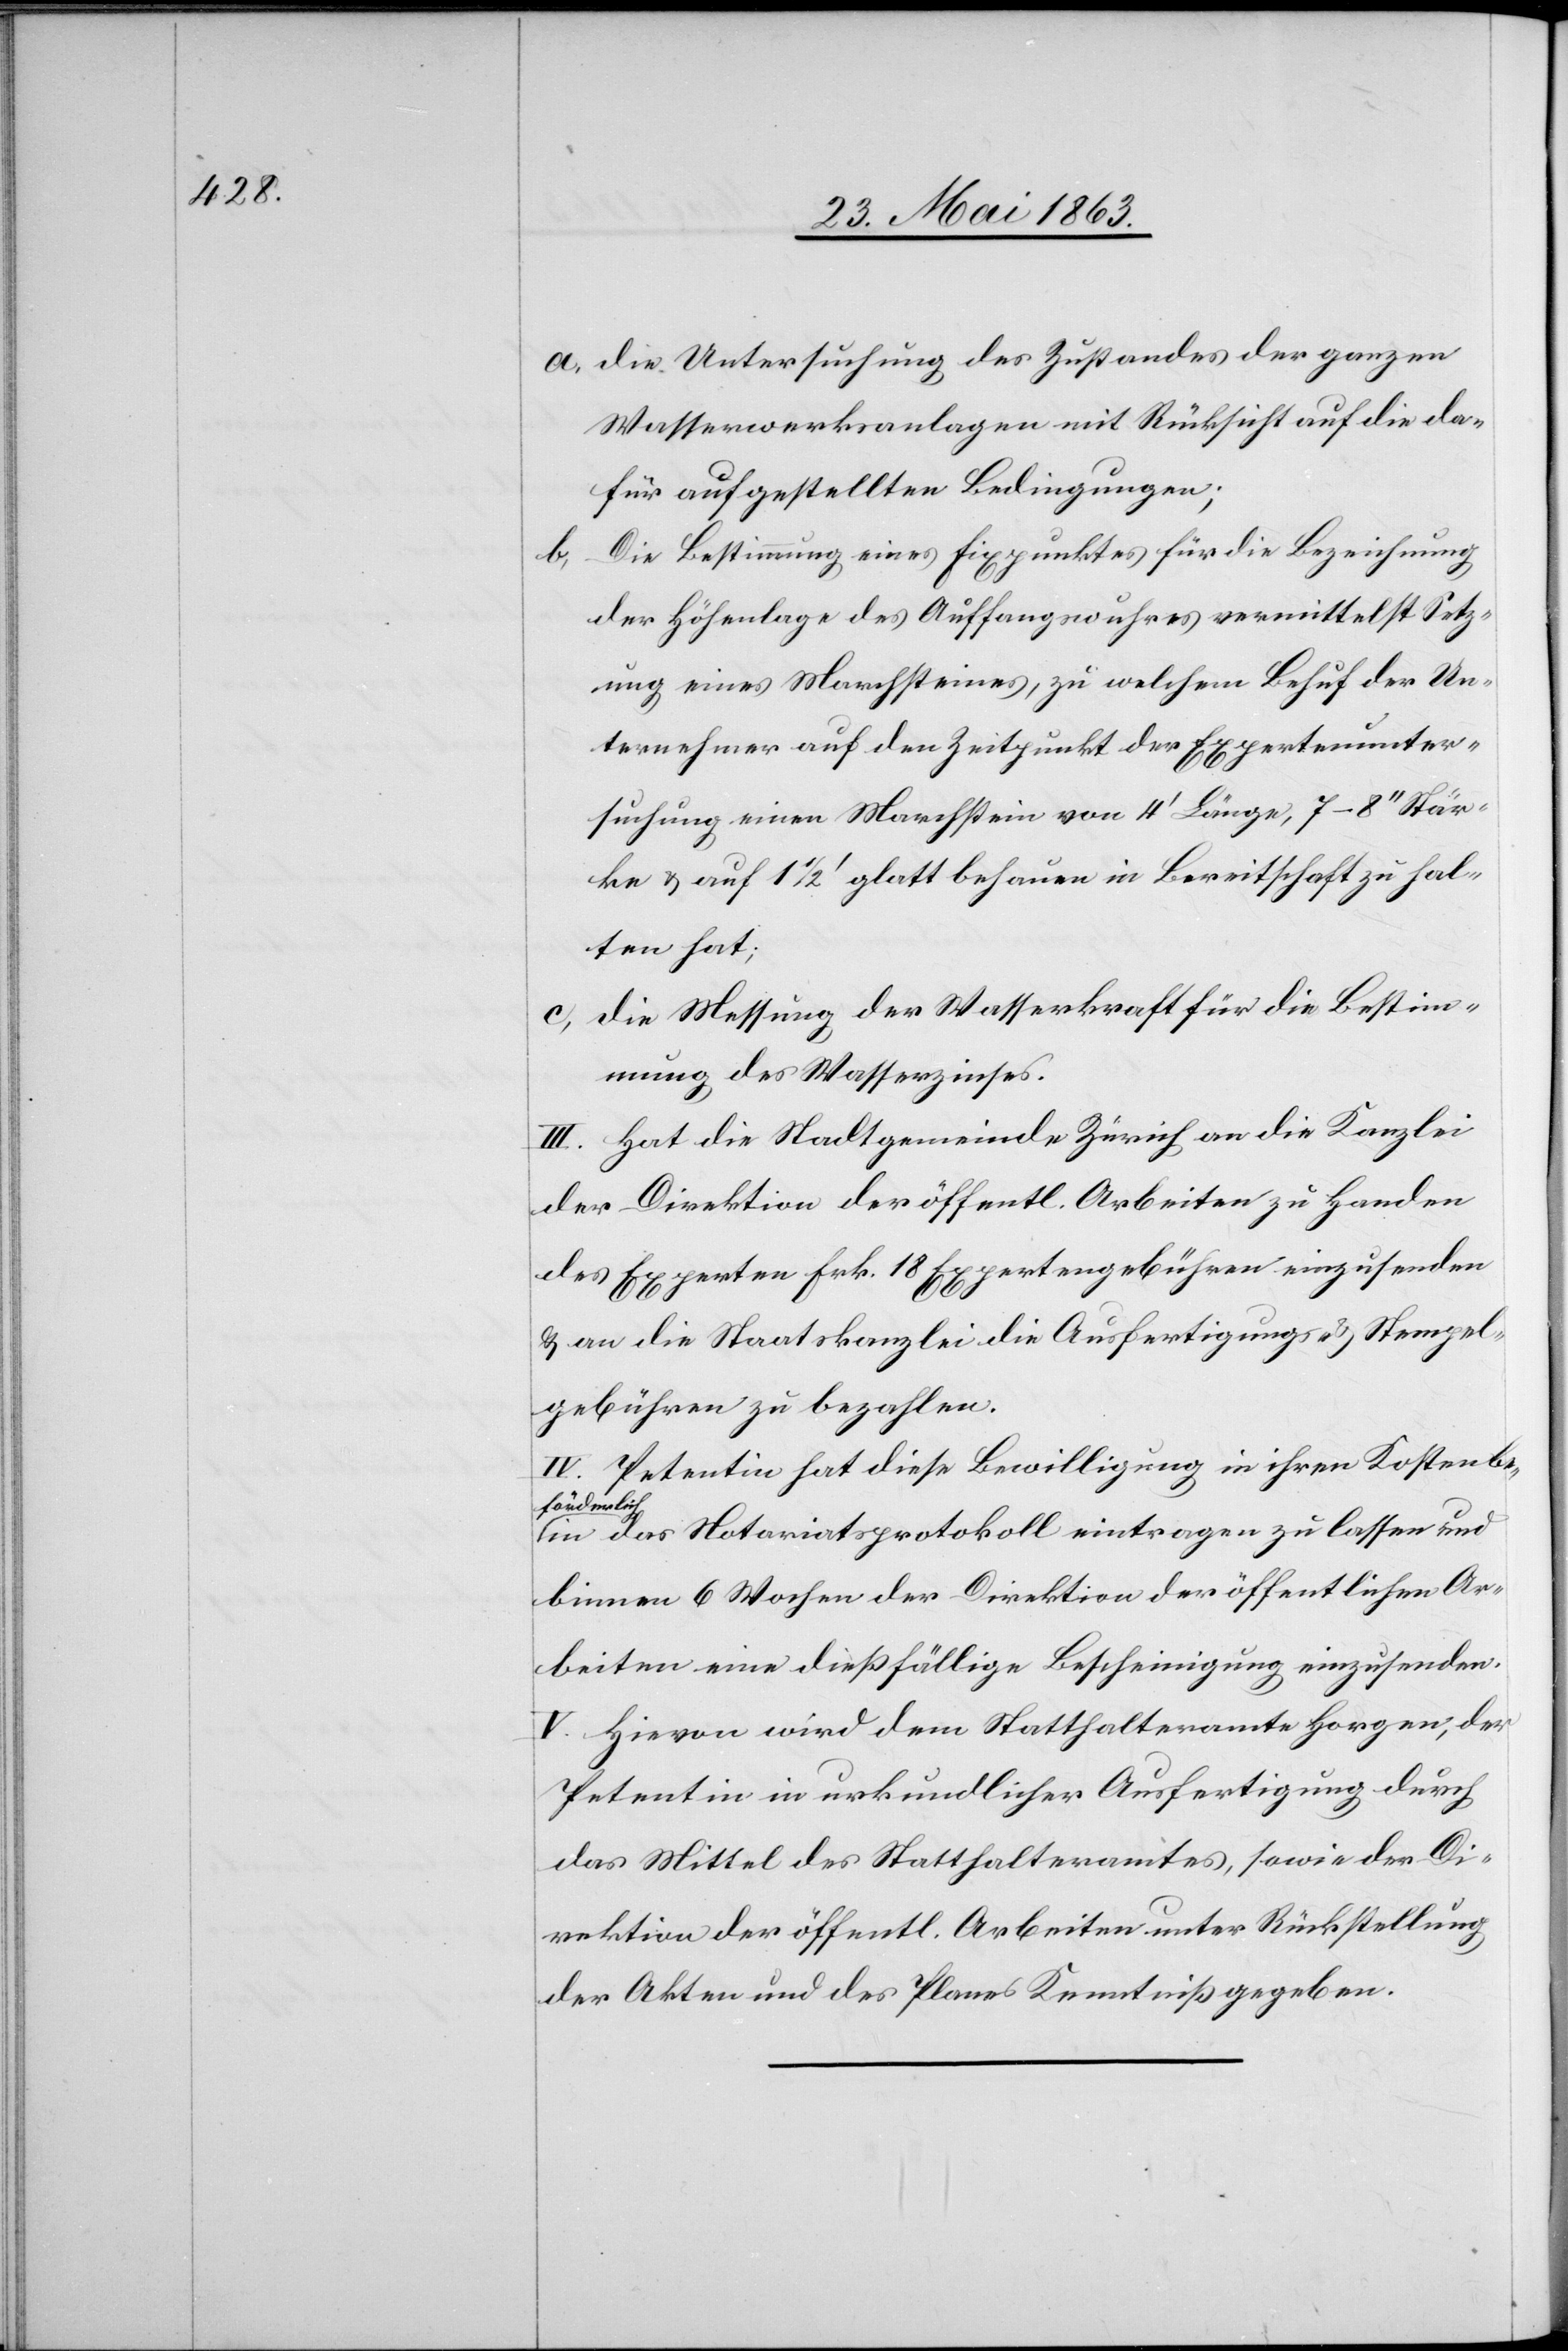
a) die Untersuchung des Zustandes der ganzen
Wasserwerksanlagen mit Rücksicht auf die da¬
für aufgestellten Bedingungen;
b) Die Bestimmung eines Fixpunktes für die Bezeichnung
der Höhenlage des Auffangswuhres vermittelst Setz¬
ung eines Marchsteines, zu welchem Behuf der Un¬
ternehmer auf den Zeitpunkt der Expertenunter¬
suchung einen Marchstein von 4' Länge, 7–8'' Stär¬
ke & auf 1 1/2' glatt behauen in Bereitschaft zu hal¬
ten hat;
c) die Messung der Wasserkraft für die Bestim¬
mung des Wasserzinses.
III. Hat die Stadtgemeinde Zürich an die Kanzlei
der Direktion der öffentl. Arbeiten zu Handen
des Experten Frk. 18 Expertengebühren einzusenden
& an die Staatskanzlei die Ausfertigungs- & Stempel¬
gebühren zu bezahlen.
IV. Petentin hat diese Bewilligung in ihren Kosten be¬
förderlich
in das Notariatsprotokoll eintragen zu lassen und
binnen 6 Wochen der Direktion der öffentlichen Ar¬
beiten eine dießfällige Bescheinigung einzusenden.
V. Hievon wird dem Statthalteramte Horgen, der
Petentin in urkundlicher Ausfertigung durch
das Mittel des Statthalteramtes, sowie der Di¬
rektion der öffentl. Arbeiten unter Rückstellung
der Akten und des Planes Kenntniß gegeben.